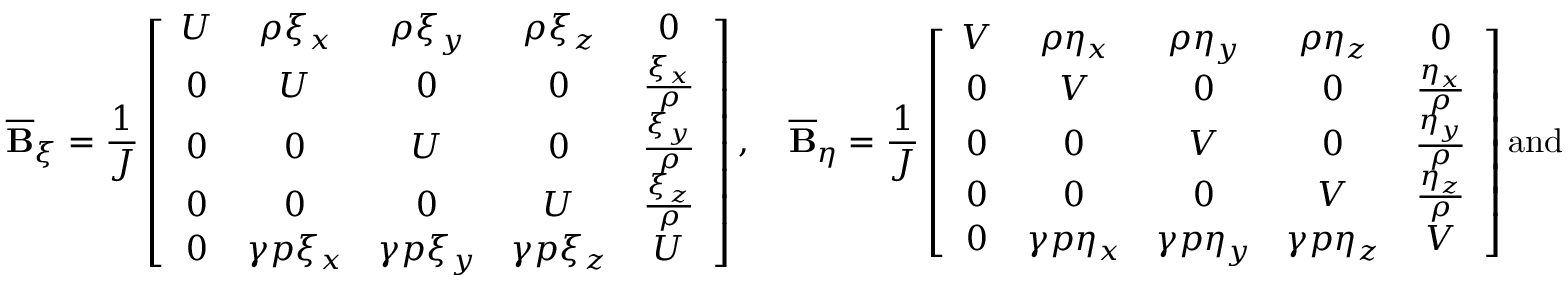
\overline { { \mathbf { B } } } _ { \xi } = \frac { 1 } { J } \left[ \begin{array} { c c c c c } { U } & { \rho \xi _ { x } } & { \rho \xi _ { y } } & { \rho \xi _ { z } } & { 0 } \\ { 0 } & { U } & { 0 } & { 0 } & { \frac { \xi _ { x } } { \rho } } \\ { 0 } & { 0 } & { U } & { 0 } & { \frac { \xi _ { y } } { \rho } } \\ { 0 } & { 0 } & { 0 } & { U } & { \frac { \xi _ { z } } { \rho } } \\ { 0 } & { \gamma p \xi _ { x } } & { \gamma p \xi _ { y } } & { \gamma p \xi _ { z } } & { U } \end{array} \right] , \quad \overline { { \mathbf { B } } } _ { \eta } = \frac { 1 } { J } \left[ \begin{array} { c c c c c } { V } & { \rho \eta _ { x } } & { \rho \eta _ { y } } & { \rho \eta _ { z } } & { 0 } \\ { 0 } & { V } & { 0 } & { 0 } & { \frac { \eta _ { x } } { \rho } } \\ { 0 } & { 0 } & { V } & { 0 } & { \frac { \eta _ { y } } { \rho } } \\ { 0 } & { 0 } & { 0 } & { V } & { \frac { \eta _ { z } } { \rho } } \\ { 0 } & { \gamma p \eta _ { x } } & { \gamma p \eta _ { y } } & { \gamma p \eta _ { z } } & { V } \end{array} \right] \mathrm { a n d }